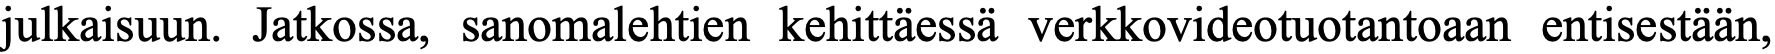
julkaisuun. Jatkossa, sanomalehtien kehittäessä verkkovideotuotantoaan entisestään,